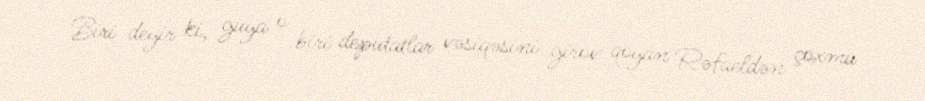
Biri deyir ki, guya o biri deputatlar vəsiqəsini girov qoyan Rəfaeldən çoxmu